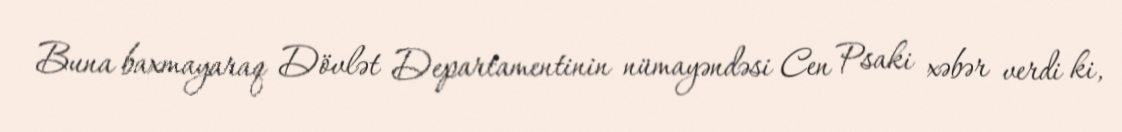
Buna baxmayaraq Dövlət Departamentinin nümayəndəsi Cen Psaki xəbər verdi ki,